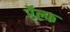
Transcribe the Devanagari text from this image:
रॅल्फ